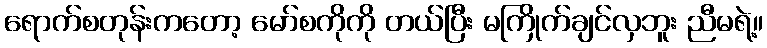
ရောက်စတုန်းကတော့ မော်စကိုကို တယ်ပြီး မကြိုက်ချင်လှဘူး ညီမရဲ့။